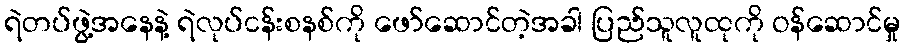
ရဲတပ်ဖွဲ့အနေနဲ့ ရဲလုပ်ငန်းစနစ်ကို ဖော်ဆောင်တဲ့အခါ ပြည်သူလူထုကို ဝန်ဆောင်မှု